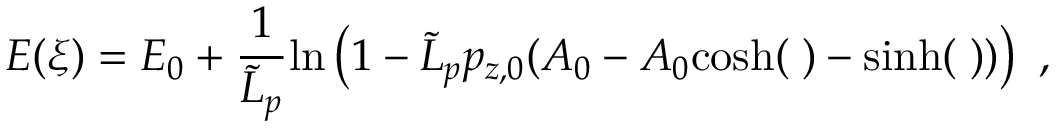
E ( \xi ) = E _ { 0 } + { \frac { 1 } { { \tilde { L } } _ { p } } } \mathrm { l n } \left( 1 - { \tilde { L } } _ { p } p _ { z , 0 } ( A _ { 0 } - A _ { 0 } \it { \cosh } ( \xi ) - \it { \sinh } ( \xi ) ) \right) ~ ,